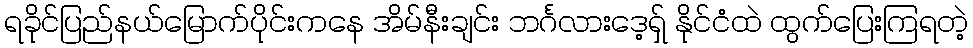
ရခိုင်ပြည်နယ်မြောက်ပိုင်းကနေ အိမ်နီးချင်း ဘင်္ဂလားဒေ့ရှ် နိုင်ငံထဲ ထွက်ပြေးကြရတဲ့